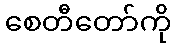
စေတီတော်ကို